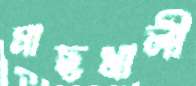
মাছখালী